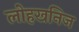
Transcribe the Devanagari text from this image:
लोहखनिज